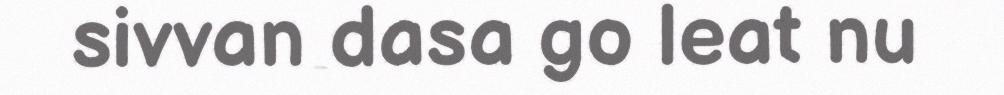
sivvan dasa go leat nu